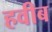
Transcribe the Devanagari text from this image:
हवीब